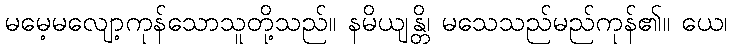
မမေ့မလျော့ကုန်သောသူတို့သည်။ နမိယျန္တိ၊ မသေသည်မည်ကုန်၏။ ယေ၊